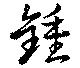
鍾